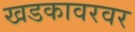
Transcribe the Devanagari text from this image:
खडकावरवर